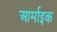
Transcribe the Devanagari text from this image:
आर्माइक